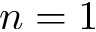
n = 1